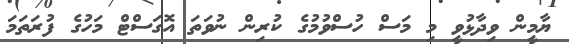
ޔާމީން ވިދާޅުވީ މި މަސް ހުސްވުމުގެ ކުރިން ނުވަތަ އޮގަސްޓް މަހުގެ ފުރަތަމަ